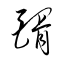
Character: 醑